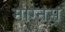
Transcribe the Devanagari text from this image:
माग्नस